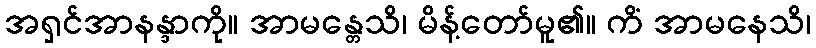
အရှင်အာနန္ဒာကို။ အာမန္တေသိ၊ မိန့်တော်မူ၏။ ကိံ အာမနေသိ၊